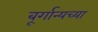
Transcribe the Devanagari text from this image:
बूर्गान्यच्या